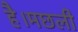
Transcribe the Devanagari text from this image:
है।मछली